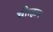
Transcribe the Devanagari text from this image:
चौाहान